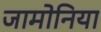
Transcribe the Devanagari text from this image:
जामोनिया